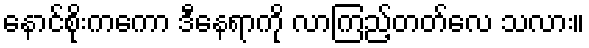
နောင်စိုးကကော ဒီနေရာကို လာကြည့်တတ်လေ သလား။